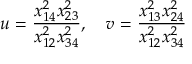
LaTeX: u = \frac { x _ { 1 4 } ^ { 2 } x _ { 2 3 } ^ { 2 } } { x _ { 1 2 } ^ { 2 } x _ { 3 4 } ^ { 2 } } , \quad v = \frac { x _ { 1 3 } ^ { 2 } x _ { 2 4 } ^ { 2 } } { x _ { 1 2 } ^ { 2 } x _ { 3 4 } ^ { 2 } }